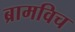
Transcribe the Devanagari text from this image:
ब्रामविच